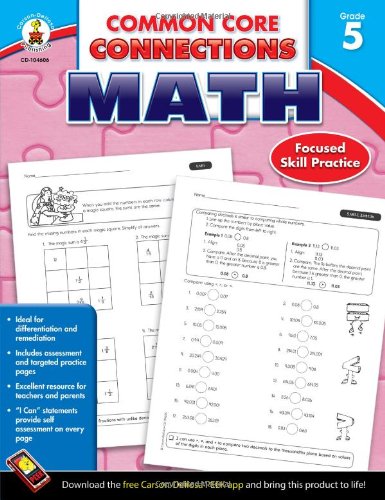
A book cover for Common Core Connections Math, Grade 5; Education & Teaching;